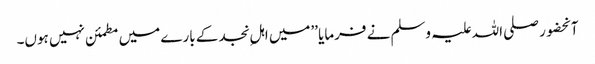
آنحضور صلی اللہ علیہ وسلم نے فرمایا ’’میں اہلِ نجد کے بارے میں مطمئن نہیں ہوں۔